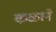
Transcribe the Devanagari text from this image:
कळाने